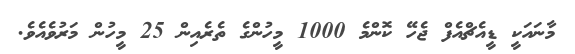
މާނައަކީ ޑީއެޗްއެފް ޖެހޭ ކޮންމެ 1000 މީހުންގެ ތެރެއިން 25 މީހުން މަރުވެއެވެ.